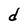
Character: d